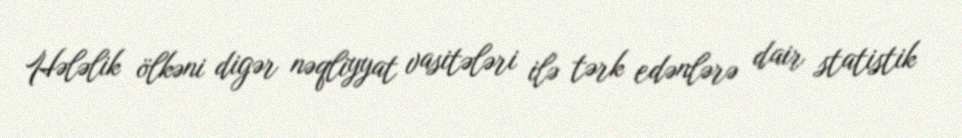
Hələlik ölkəni digər nəqliyyat vasitələri ilə tərk edənlərə dair statistik